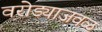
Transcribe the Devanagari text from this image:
वरोड्याजवळ